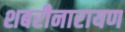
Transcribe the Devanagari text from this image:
शबरीनारायण